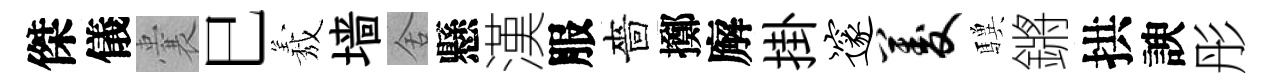
傑儀囊巳𦏁墙舍懸漢服嗇擲廨掛邃菱驥鏘拱諛彤